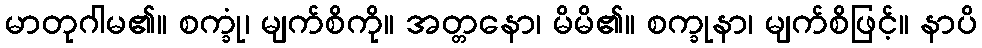
မာတုဂါမ၏။ စက္ခုံ၊ မျက်စိကို။ အတ္တနော၊ မိမိ၏။ စက္ခုနာ၊ မျက်စိဖြင့်။ နာပိ